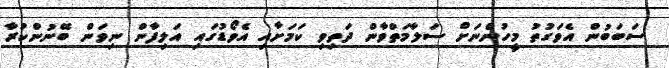
ސަބަބުން އެވަގުތު މީހުންނަށް ސަލާމަތްވާން ދަތިވި ކަމަށާއި އެވޯޑުގައި އަލިފާން ނިވަން ބޭނުންކުރާ